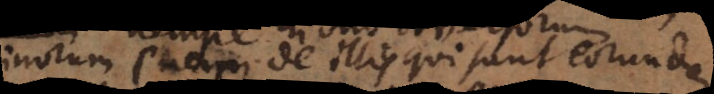
(nam de illis qui sunt eorundem